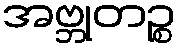
အဗ္ဘုတဉ္စ